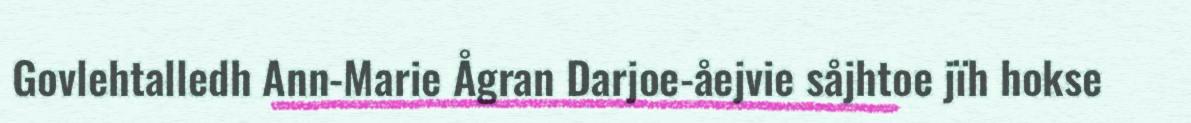
Govlehtalledh Ann-Marie Ågran Darjoe-åejvie såjhtoe jïh hokse